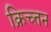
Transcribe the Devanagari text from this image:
क्रिच्तन